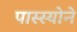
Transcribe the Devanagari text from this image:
पास्स्योने